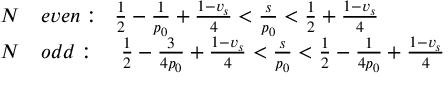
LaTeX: \begin{array} { r l } { { N } } & { { e v e n : \; \; \frac { 1 } { 2 } - \frac { 1 } { p _ { 0 } } + \frac { 1 - v _ { s } } { 4 } < \frac { s } { p _ { 0 } } < \frac { 1 } { 2 } + \frac { 1 - v _ { s } } { 4 } } } \\ { { N } } & { { o d d : \; \; \; \; \frac { 1 } { 2 } - \frac { 3 } { 4 p _ { 0 } } + \frac { 1 - v _ { s } } { 4 } < \frac { s } { p _ { 0 } } < \frac { 1 } { 2 } - \frac { 1 } { 4 p _ { 0 } } + \frac { 1 - v _ { s } } { 4 } } } \end{array}